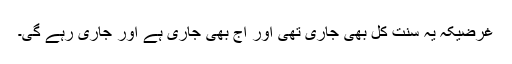
غرضیکہ یہ سنت کل بھی جاری تھی اور آج بھی جاری ہے اور جاری رہے گی۔